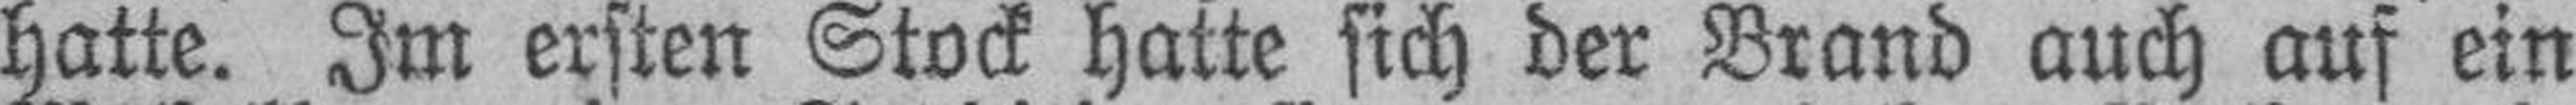
hatte. Im ersten Stock hatte sich der Brand auch auf ein